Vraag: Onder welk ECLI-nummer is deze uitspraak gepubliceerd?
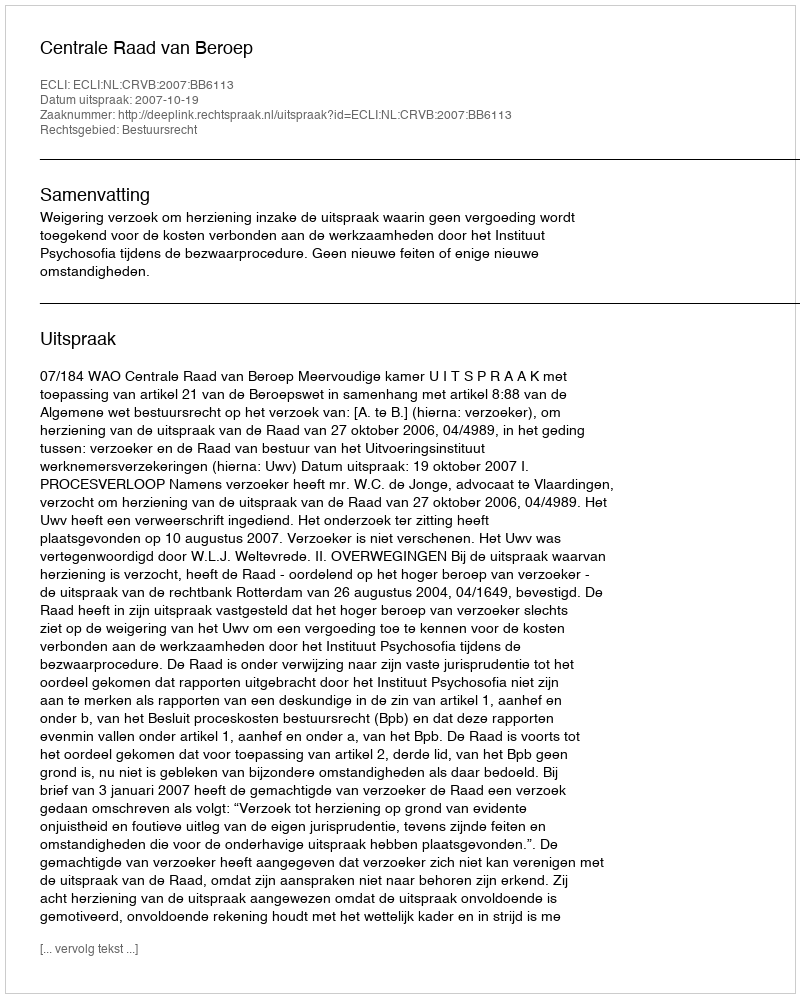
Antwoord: ECLI:NL:CRVB:2007:BB6113